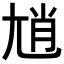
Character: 𡯩